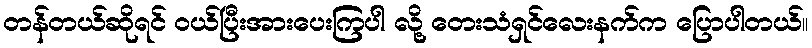
တန်တယ်ဆိုရင် ၀ယ်ပြီးအားပေးကြပါ လို့ တေးသံရှင်လေးနက်က ပြောပါတယ်။